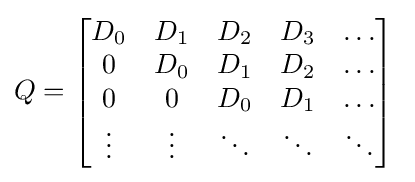
Q=\left[{\begin{matrix}D_{0}&D_{1}&D_{2}&D_{3}&\dots \\0&D_{0}&D_{1}&D_{2}&\dots \\0&0&D_{0}&D_{1}&\dots \\\vdots &\vdots &\ddots &\ddots &\ddots \end{matrix}}\right]\;